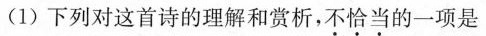
(1)下列对这首诗的理解和赏析，不恰当的一项是